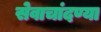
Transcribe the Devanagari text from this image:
सेवाचांदण्या